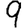
Digit: 9